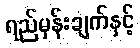
ရည်မှန်းချက်နှင့်